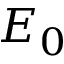
E _ { 0 }